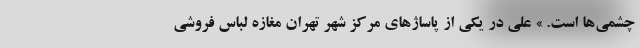
چشمی‌ها است. » علی در یکی از پاساژهای مرکز شهر تهران مغازه لباس فروشی